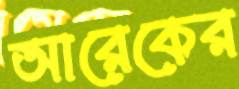
আরেকের